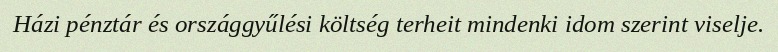
Házi pénztár és országgyűlési költség terheit mindenki idom szerint viselje.